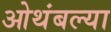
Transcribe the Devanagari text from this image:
ओथंबल्या